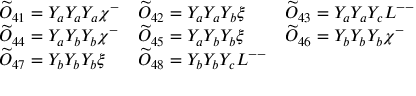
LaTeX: \begin{array} { l l l } { { \widetilde { \cal O } _ { 4 1 } = Y _ { a } Y _ { a } Y _ { a } \chi ^ { - } } } & { { \widetilde { \cal O } _ { 4 2 } = Y _ { a } Y _ { a } Y _ { b } \xi } } & { { \widetilde { \cal O } _ { 4 3 } = Y _ { a } Y _ { a } Y _ { c } L ^ { -- } } } \\ { { \widetilde { \cal O } _ { 4 4 } = Y _ { a } Y _ { b } Y _ { b } \chi ^ { - } } } & { { \widetilde { \cal O } _ { 4 5 } = Y _ { a } Y _ { b } Y _ { b } \xi } } & { { \widetilde { \cal O } _ { 4 6 } = Y _ { b } Y _ { b } Y _ { b } \chi ^ { - } } } \\ { { \widetilde { \cal O } _ { 4 7 } = Y _ { b } Y _ { b } Y _ { b } \xi } } & { { \widetilde { \cal O } _ { 4 8 } = Y _ { b } Y _ { b } Y _ { c } L ^ { -- } } } & { { } } \end{array}